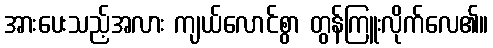
အားပေးသည့်အလား ကျယ်လောင်စွာ တွန်ကြူးလိုက်လေ၏။